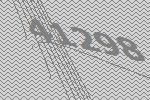
41298